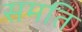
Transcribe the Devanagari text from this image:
समति